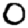
Digit: 0